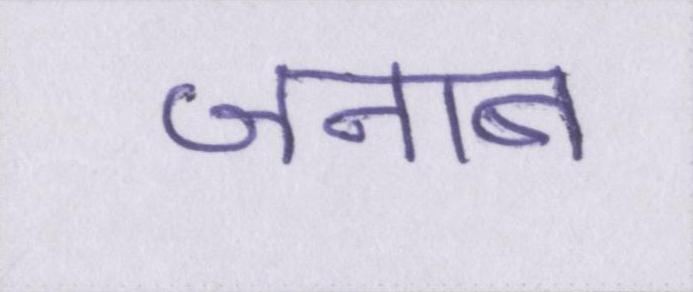
जनाब